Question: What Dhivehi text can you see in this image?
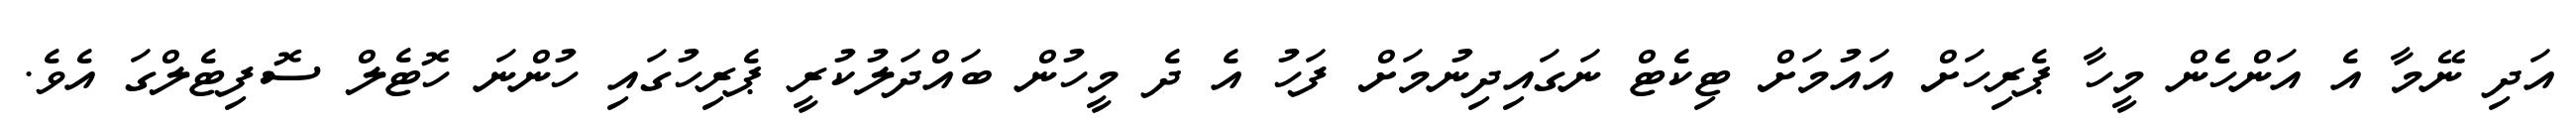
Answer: އަދި ނޭމާ އެ އަންހެން މީހާ ޕެރިހަށް އައުމަށް ޓިކެޓް ނަގައިދިނުމަށް ފަހު އެ ދެ މީހުން ބައްދަލުކުރީ ޕެރިހުގައި ހުންނަ ހޮޓެލް ސޮފިޓެލްގަ އެވެ.